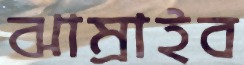
ঝাম্‌রাইব